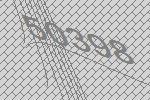
50398